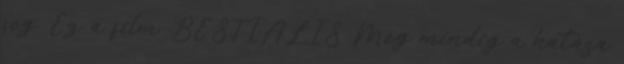
fog. Ez a film .BESTIÁLIS Még mindig a hatása